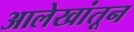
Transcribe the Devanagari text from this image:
आलेखांतून